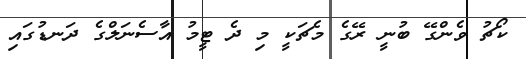
ކޯޗު ވެންގޭ ބުނީ ރޭގެ މެޗަކީ މި ދެ ޓީމު އާސެނަލްގެ ދަނޑުގައި